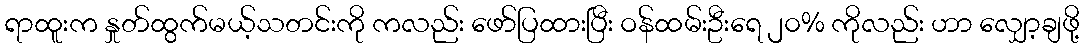
ရာထူးက နှုတ်ထွက်မယ့်သတင်းကို ကလည်း ဖော်ပြထားပြီး ဝန်ထမ်းဦးရေ ၂၀% ကိုလည်း ဟာ လျှော့ချဖို့